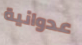
عدوانية